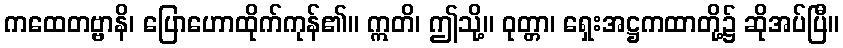
ကထေတဗ္ဗာနိ၊ ပြောဟောထိုက်ကုန်၏။ ဣတိ၊ ဤသို့။ ဝုတ္တာ၊ ရှေးအဋ္ဌကထာတို့၌ ဆိုအပ်ပြီ။